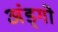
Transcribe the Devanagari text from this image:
अंड्गो